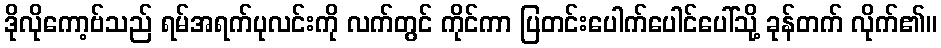
ဒိုလိုကော့ဗ်သည် ရမ်အရက်ပုလင်းကို လက်တွင် ကိုင်ကာ ပြတင်းပေါက်ပေါင်ပေါ်သို့ ခုန်တက် လိုက်၏။